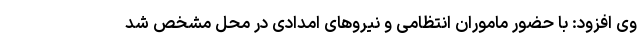
وی افزود: با حضور ماموران انتظامی و نیروهای امدادی در محل مشخص شد